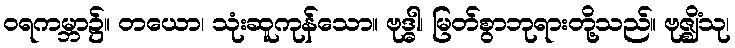
ဝရကမ္ဘာ၌။ တယော၊ သုံးဆူကုန်သော။ ဗုဒ္ဓါ၊ မြတ်စွာဘုရားတို့သည်။ ဗုဇ္ဈိံသု၊